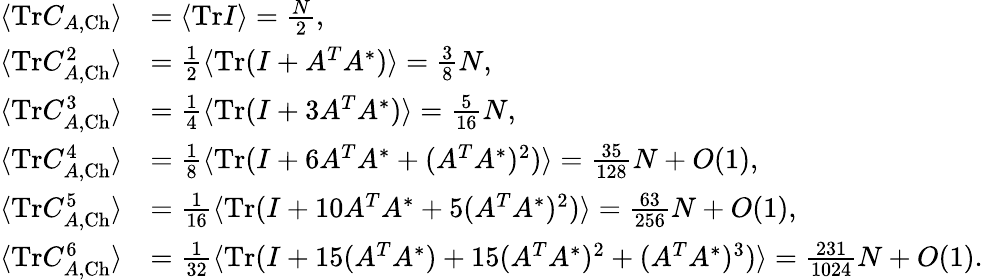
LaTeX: \begin{array}{rl}{\langle\mathrm{Tr}C_{A,\mathrm{Ch}}\rangle}&{=\langle\mathrm{Tr}I\rangle=\frac{N}{2},}\\ {\langle\mathrm{Tr}C_{A,\mathrm{Ch}}^{2}\rangle}&{=\frac{1}{2}\langle\mathrm{Tr}(I+A^{T}A^{*})\rangle=\frac{3}{8}N,}\\ {\langle\mathrm{Tr}C_{A,\mathrm{Ch}}^{3}\rangle}&{=\frac{1}{4}\langle\mathrm{Tr}(I+3A^{T}A^{*})\rangle=\frac{5}{16}N,}\\ {\langle\mathrm{Tr}C_{A,\mathrm{Ch}}^{4}\rangle}&{=\frac{1}{8}\langle\mathrm{Tr}(I+6A^{T}A^{*}+(A^{T}A^{*})^{2})\rangle=\frac{35}{128}N+O(1),}\\ {\langle\mathrm{Tr}C_{A,\mathrm{Ch}}^{5}\rangle}&{=\frac{1}{16}\langle\mathrm{Tr}(I+10A^{T}A^{*}+5(A^{T}A^{*})^{2})\rangle=\frac{63}{256}N+O(1),}\\ {\langle\mathrm{Tr}C_{A,\mathrm{Ch}}^{6}\rangle}&{=\frac{1}{32}\langle\mathrm{Tr}(I+15(A^{T}A^{*})+15(A^{T}A^{*})^{2}+(A^{T}A^{*})^{3})\rangle=\frac{231}{1024}N+O(1).}\end{array}